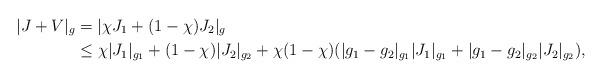
LaTeX: \begin{align*}|J+V|_g &= |\chi J_1 + (1-\chi)J_2|_g\\& \le \chi |J_1|_{g_1} + (1-\chi) |J_2|_{g_2} + \chi(1-\chi) (|g_1-g_2|_{g_1} |J_1|_{g_1} + | g_1-g_2|_{g_2} |J_2|_{g_2}),\end{align*}